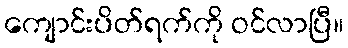
ကျောင်းပိတ်ရက်ကို ဝင်လာပြီ။